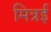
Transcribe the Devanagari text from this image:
मित्रई